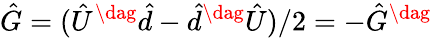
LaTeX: \hat{G}=(\hat{U}^{\dag}\hat{d}-\hat{d}^{\dag}\hat{U})/2=-\hat{G}^{\dag}